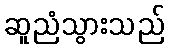
ဆူညံသွားသည်